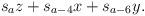
LaTeX: \begin{align*}s_a z+ s_{a-4} x + s_{a-6} y.\end{align*}